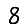
Digit: 8